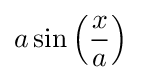
a\sin \left({\frac {x}{a}}\right)